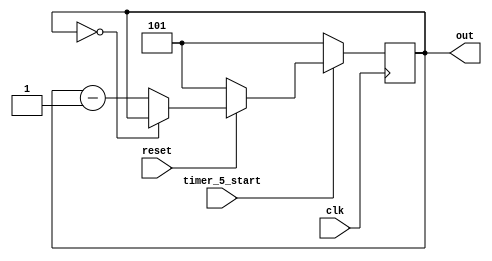
module timer_5s(
    input clk,
    input reset,
    input  timer_5_start,
    output[2:0] out
    );
    
    reg[2:0] out = 3'b101;
    parameter max = 3'b101;
    reg count =0;
    
    always@(posedge clk)begin
        if(timer_5_start == 1) begin
            if(reset == 0) begin
                out <= max;
            end else if (out == 0) begin
                out<=out;
            end else begin
                out <= out-1;
            end
            count<=count+1;
        end else begin
            out<=max;
        end
    end
endmodule